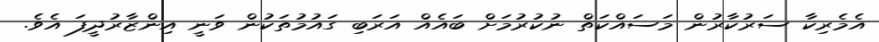
އެމެރިކާ ސަރުކާރުން މަސައްކަތް ނުކުރުމަށް ބައެއް އަރަބި ގައުމުތަކުން ވަނީ އިންޒާރުދީފަ އެވެެ.